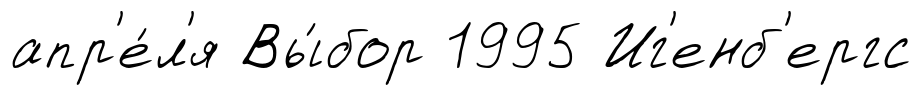
апр'е́л'я Вы́бор 1995 Иг'енб'ергс